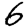
Digit: 6